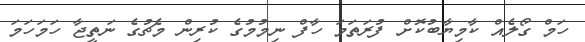
ހަމް ގޯލެއް ކާމިޔާބުކޮށް ފުރަތަމަ ހާފް ނިމުމުގެ ކުރިން މެޗުގެ ނަތީޖާ ހަމަހަމަ